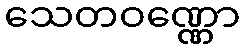
သေတဝဏ္ဏော